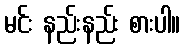
မင်း နည်းနည်း စားပါ။